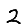
Digit: 2